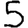
Digit: 5